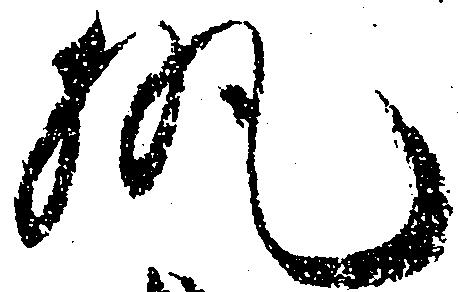
執